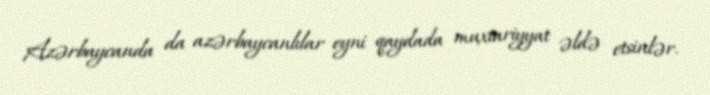
Azərbaycanda da azərbaycanlılar eyni qaydada muxtariyyat əldə etsinlər.